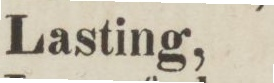
Lasting,